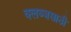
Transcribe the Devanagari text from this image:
क्लब्जसाठी